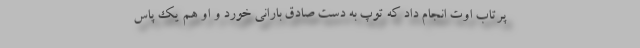
پرتاب اوت انجام داد که توپ به دست صادق بارانی خورد و او هم یک پاس